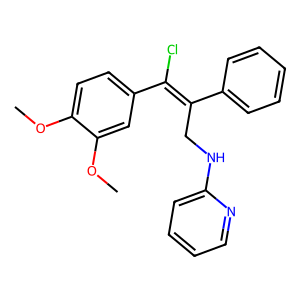
SMILES: COc1ccc(C(Cl)=C(CNc2ccccn2)c2ccccc2)cc1OC
Inhibits HIV replication: No